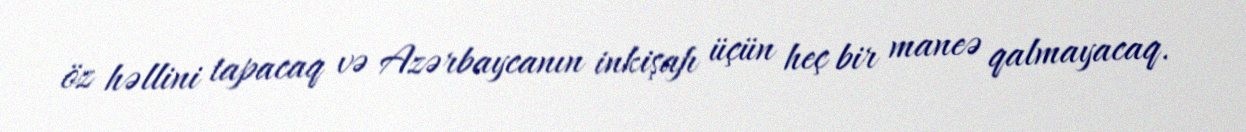
öz həllini tapacaq və Azərbaycanın inkişafı üçün heç bir maneə qalmayacaq.